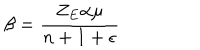
\beta = \frac { Z _ { E } \alpha \mu } { n + 1 + \epsilon }